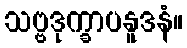
သဗ္ဗဒုက္ခာပနူဒနံ။